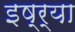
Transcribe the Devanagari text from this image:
इष्र्या